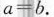
$$a = b$$.